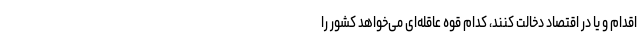
اقدام و یا در اقتصاد دخالت کنند، کدام قوه عاقله‌ای می‌خواهد کشور را